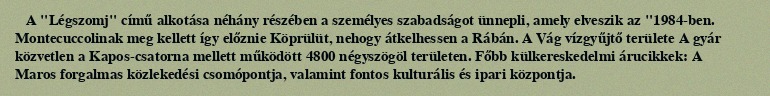
A "Légszomj" című alkotása néhány részében a személyes szabadságot ünnepli, amely elveszik az "1984-ben. Montecuccolinak meg kellett így előznie Köprülüt, nehogy átkelhessen a Rábán. A Vág vízgyűjtő területe A gyár közvetlen a Kapos-csatorna mellett működött 4800 négyszögöl területen. Főbb külkereskedelmi árucikkek: A Maros forgalmas közlekedési csomópontja, valamint fontos kulturális és ipari központja.